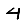
Digit: 4